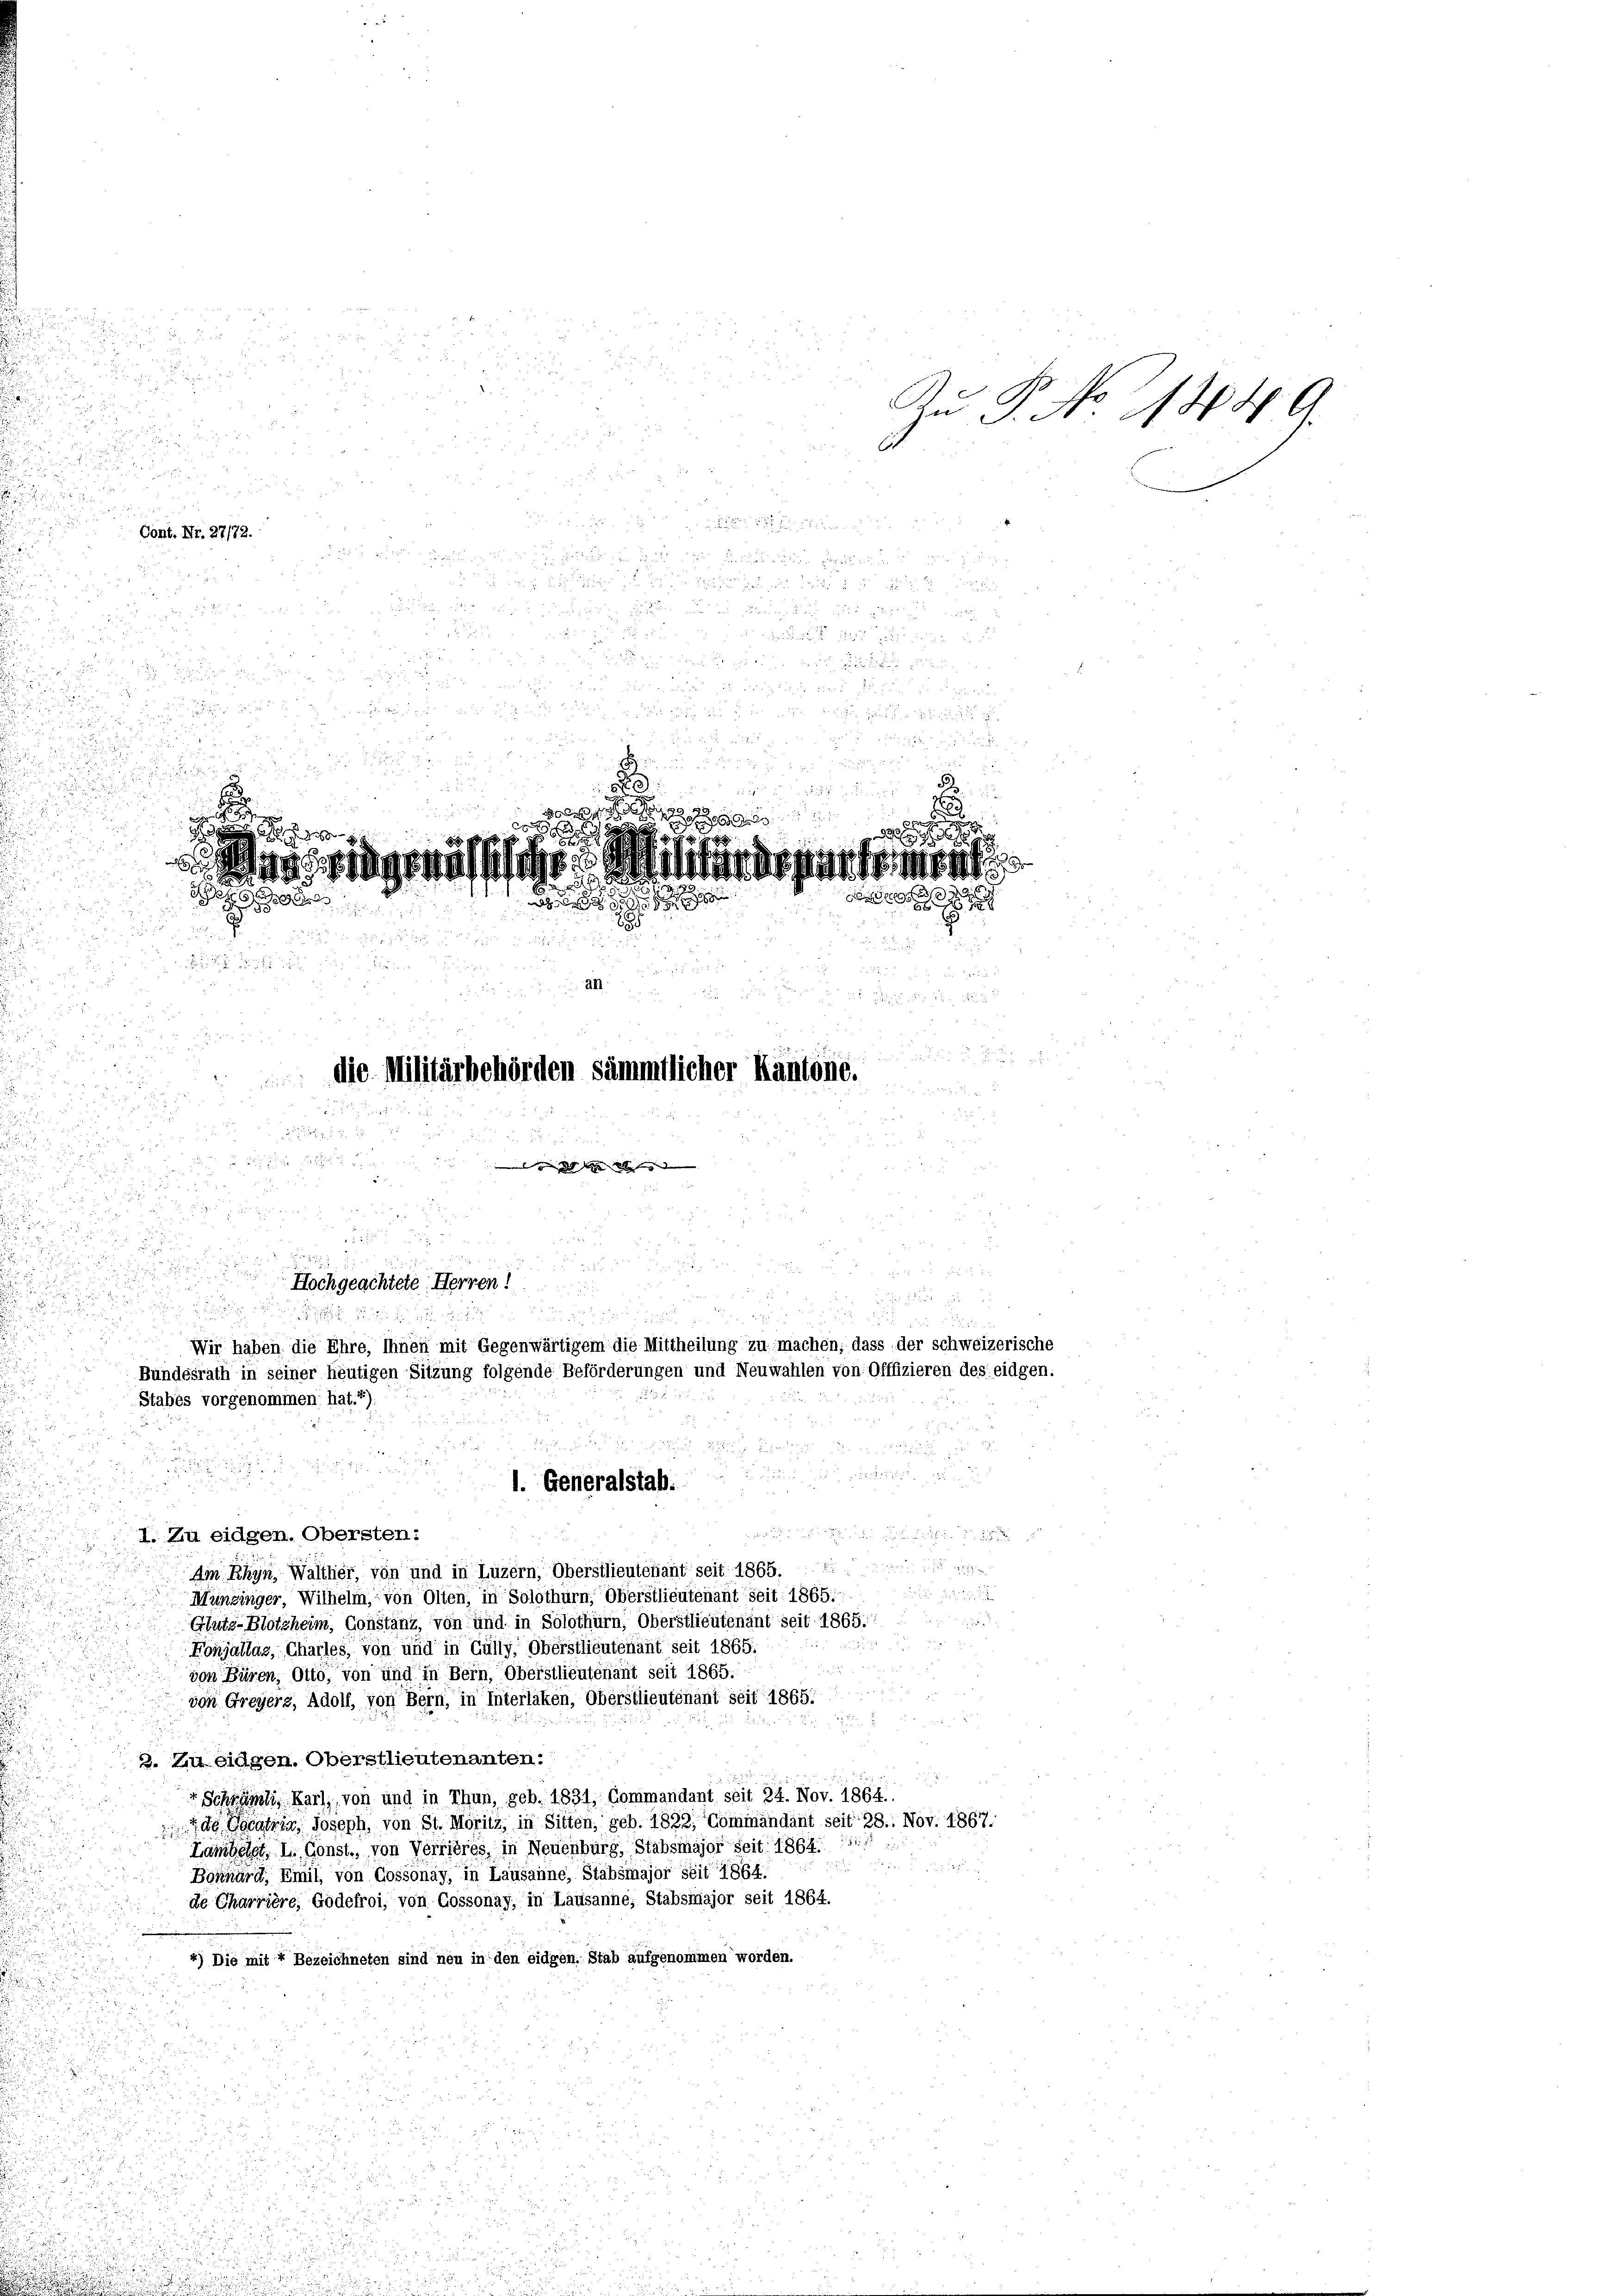
i
  in die
I. Zu eidgen. Obersten:
Am Rhyn, Walther, von und in Luzern, Oberstlieutenant seit 1865.

Munzinger, Wilhelm, von Olten, in Solothurn, Oberstlieutenant seit 1865.
Glutz-Blötzheim, Constanz, von und in Solothurn, Oberstlieutenant seit 1865.

Fonjadlaz, Charles, von und in Gülly, Oberstlieutenant seit 1865.

von Büren, Otto, von und in Bern, Oberstlieutenant seit 1865.
von Greyerz, Adolf, von Bern, in Interlaken, Oberstlieutenant seit 1865.

2. Zu eidgen. Oberstlieutenanten:
 Schrämli, Karl, von und in Thun, geb. 1831, Commandant seit 24. Nov. 1864.
de Locaria, Joseph, von St. Moritz, in Sitten, geb. 1822, Commandant seit 28. Nov. 1867.
Lambetet, I. Const, von Verrières, in Neuenburg, Stabsmajor Seit 1864. 1
i
Bonnard, Emil, von Cossonay, in Lausanne, Stabsmajor seit 1864.
de Charrière, Godefroi, von Cossonay, in Lausanne, Stabsmajor seit 1864.
4) Die mit 4 Bezeichneten sind neu in den eidgen. Stab aufgenommen worden.

Cont. Nr. 27172.

.

r

a
dig gemässi
ha
e

2
u

an

5

n

die Militärbehörden sämmtlicher Kantone.

 207.
 hier dass
5
.
2

u.
 5 f 0
 der dies

h
Hochgeachtete Herren
5

Wir haben die Ehre, Ihnen mit Gegenwärtigem die Mittheilung zu machen, dass der schweizerische
Bundesrath in seiner heutigen Sitzung folgende Beförderungen und Neuwahlen von Offfizieren des eidgen.
Stabes vorgenommen hat. “)

1. Generalstab.

881 geg
x
  d

Zu P. No 1449.